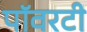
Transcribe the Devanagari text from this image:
पॉवरटी